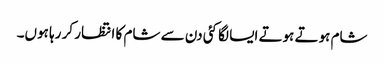
شام ہوتے ہوتے ایسا لگا کئی دن سے شام کا انتظار کر رہا ہوں۔